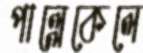
পাল্লেকেলে